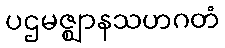
ပဌမဇ္ဈာနသဟဂတံ